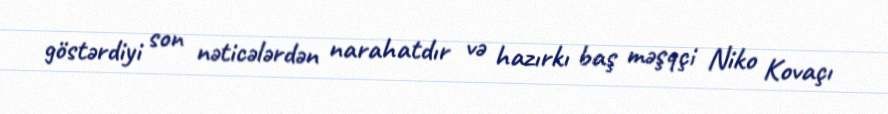
göstərdiyi son nəticələrdən narahatdır və hazırkı baş məşqçi Niko Kovaçı